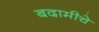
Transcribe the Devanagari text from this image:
बदामीचे